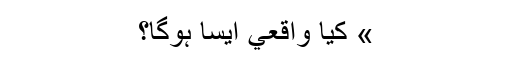
» کيا واقعي ايسا ہوگا؟